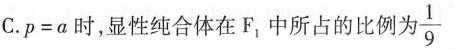
C.p=a时，显性纯合体在F，中所占的比例为。\frac{1}{9}